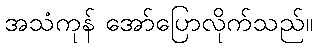
အသံကုန် အော်ပြောလိုက်သည်။